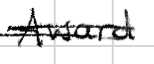
Text: Award
Cross-out: double-line
Writing tool: digital_black